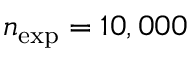
n _ { \mathrm { e x p } } = 1 0 , 0 0 0